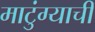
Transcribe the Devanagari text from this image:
माटुंग्याची